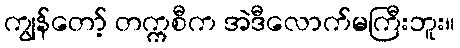
ကျွန်တော့် တက္ကစီက အဲဒီလောက်မကြီးဘူး။